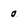
Character: 0